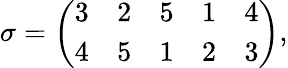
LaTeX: \sigma={\left(\begin{array}{lllll}{3}&{2}&{5}&{1}&{4}\\ {4}&{5}&{1}&{2}&{3}\end{array}\right)},